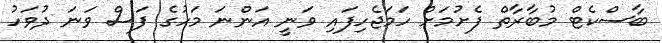
ބާސްކެޓް މުބާރާތް ފެށުމަށް ހަމަޖެހިފައި ވަނީ އަންނަ މަހުގެ ފަސް ވަނަ ދުވަހު